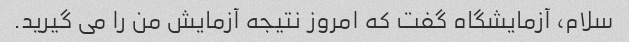
سلام، آزمایشگاه گفت که امروز نتیجه آزمایش من را می گیرید.